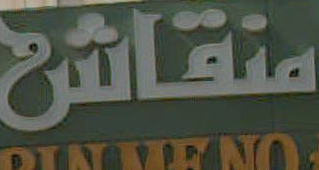
منقاش